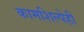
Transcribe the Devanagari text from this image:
कामशिल्पेही